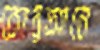
কোরআনে